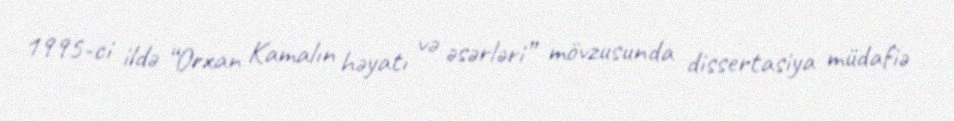
1995-ci ildə “Orxan Kamalın həyatı və əsərləri” mövzusunda dissertasiya müdafiə